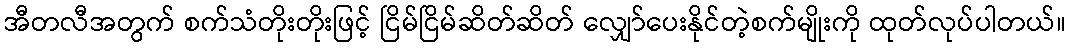
အီတလီအတွက် စက်သံတိုးတိုးဖြင့် ငြိမ်ငြိမ်ဆိတ်ဆိတ် လျှော်ပေးနိုင်တဲ့စက်မျိုးကို ထုတ်လုပ်ပါတယ်။